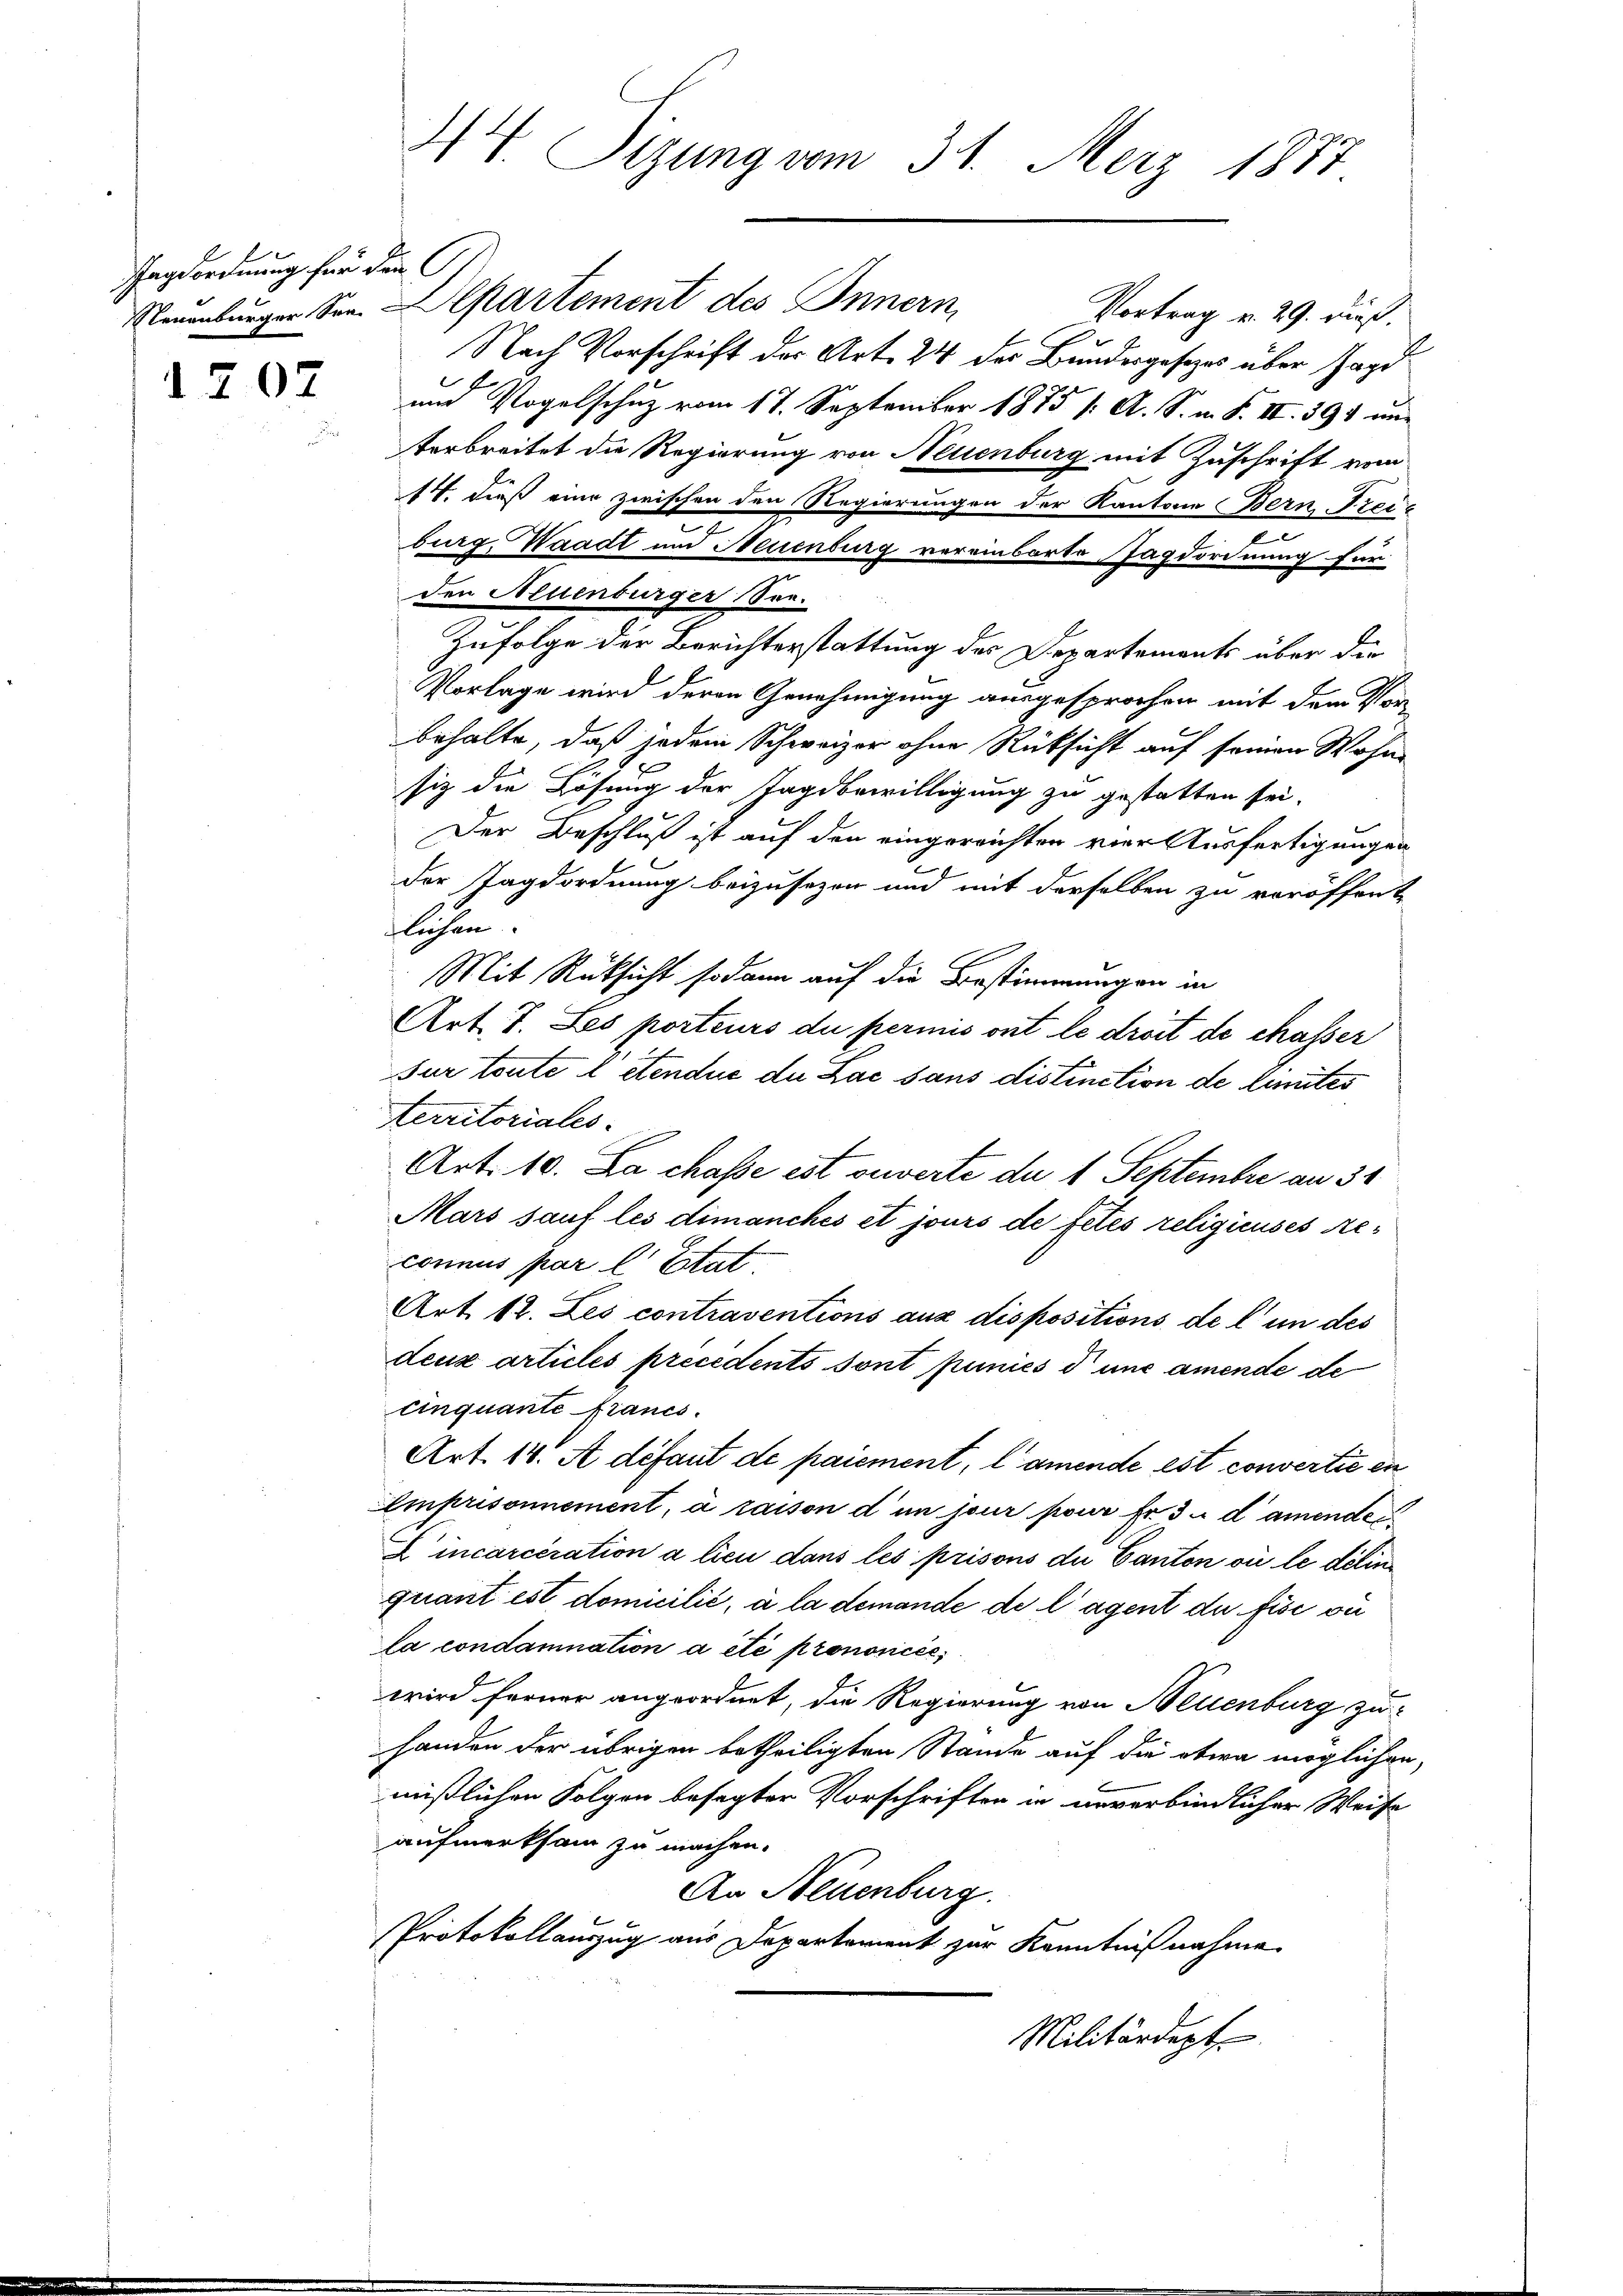
Jagsordnung für den

1707

44. Sizung vom 31. Merz 1883

Neuenburger Senn Departement des Innern,
Vortrag v. 29. dieß.
Nach Vorschrift des Art. 24 des Bundesgesetzes über Jagd
und Vogelschuz vom 17. September 1875 /: A. S. m. S. II. 395 un
Aerbreitet die Regierung von Neuenburg mit Zuschrift vom
14. dieß eine zwischen den Regierungen der Kantone Bern Freic
burg, Waadt und Neuenburg vereinbarte Jagdordnung für
den Neuenburger See¬
Zufolge der Berichterstattung des Departements über die
Vorlage wird deren Genehmigung ausgesprochen mit dem Vor
behalte, daß jedem Schweizer ohne Rücksicht auf seinen Wohn-
siz die Lösung der Jagdbewilligung zu gestatten sei.
Der Beschluß ist auf den eingereichten vier Ausfertigungen
der Jagdordnung beizusezen und mit derselben zu veröffent
flichen
Mit Rücksicht sodann auf die Bestimmungen in
Art. 7. Les porteurs du permis ont le droit de chasser
sur toute a étendue du Lac sans distinction de limites
territoriales.
Art. 10. La chasse est bewerte de 1 Septembre an 54
Mars sauf les dimanches et jours de fetés religieuses Reconnus par l’Etat
Art. 12. Les contraventions aux dispositions de l’un des
deux articles precedents sont puniés d uns amende de
cinquante Francs.
Art. 14. A défaut de paiement, l’amende est convertie en
Amprisonnement, à raison d’un jour pour Er du damender
Eincarceration a lieu dans les prisons du Canton ou le delin
quant est domicilié, à la demande de lagent du fisi on
la condamnation a été prononcée,
wird ferner angeordnet, die Regierung von Neuenburg zu
handen der übrigen betheiligten Stande auf die etwa möglichen
mißlichen Folgen besagter Vorschriften in unverbindlicher Weise
aufmerksam zu machen.
An Neuenburg.
Protokollauszug aus Departement zur Kenntnißnahme
Militärdept